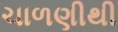
ચાળણીથી